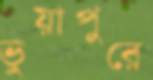
ভুয়াপুরে